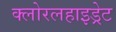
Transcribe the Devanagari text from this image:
क्लोरलहाइड्रेट